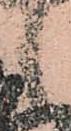
候